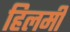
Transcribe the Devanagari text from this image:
हिलमी